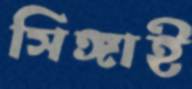
সিঙ্গাই